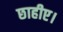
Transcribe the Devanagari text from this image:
छाहीए।